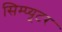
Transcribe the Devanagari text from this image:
सिम्प्यूटर